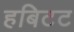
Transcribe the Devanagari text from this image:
हबिटट